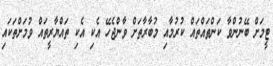
ޓީމަށް ބޭނުންވާ ކަންތައްތައް ކުރުމާއި މުބާރާތަށް ވާންޖެހޭ އެކި އެކި ތައްޔާރީތައް ވުމަށްތަކައި